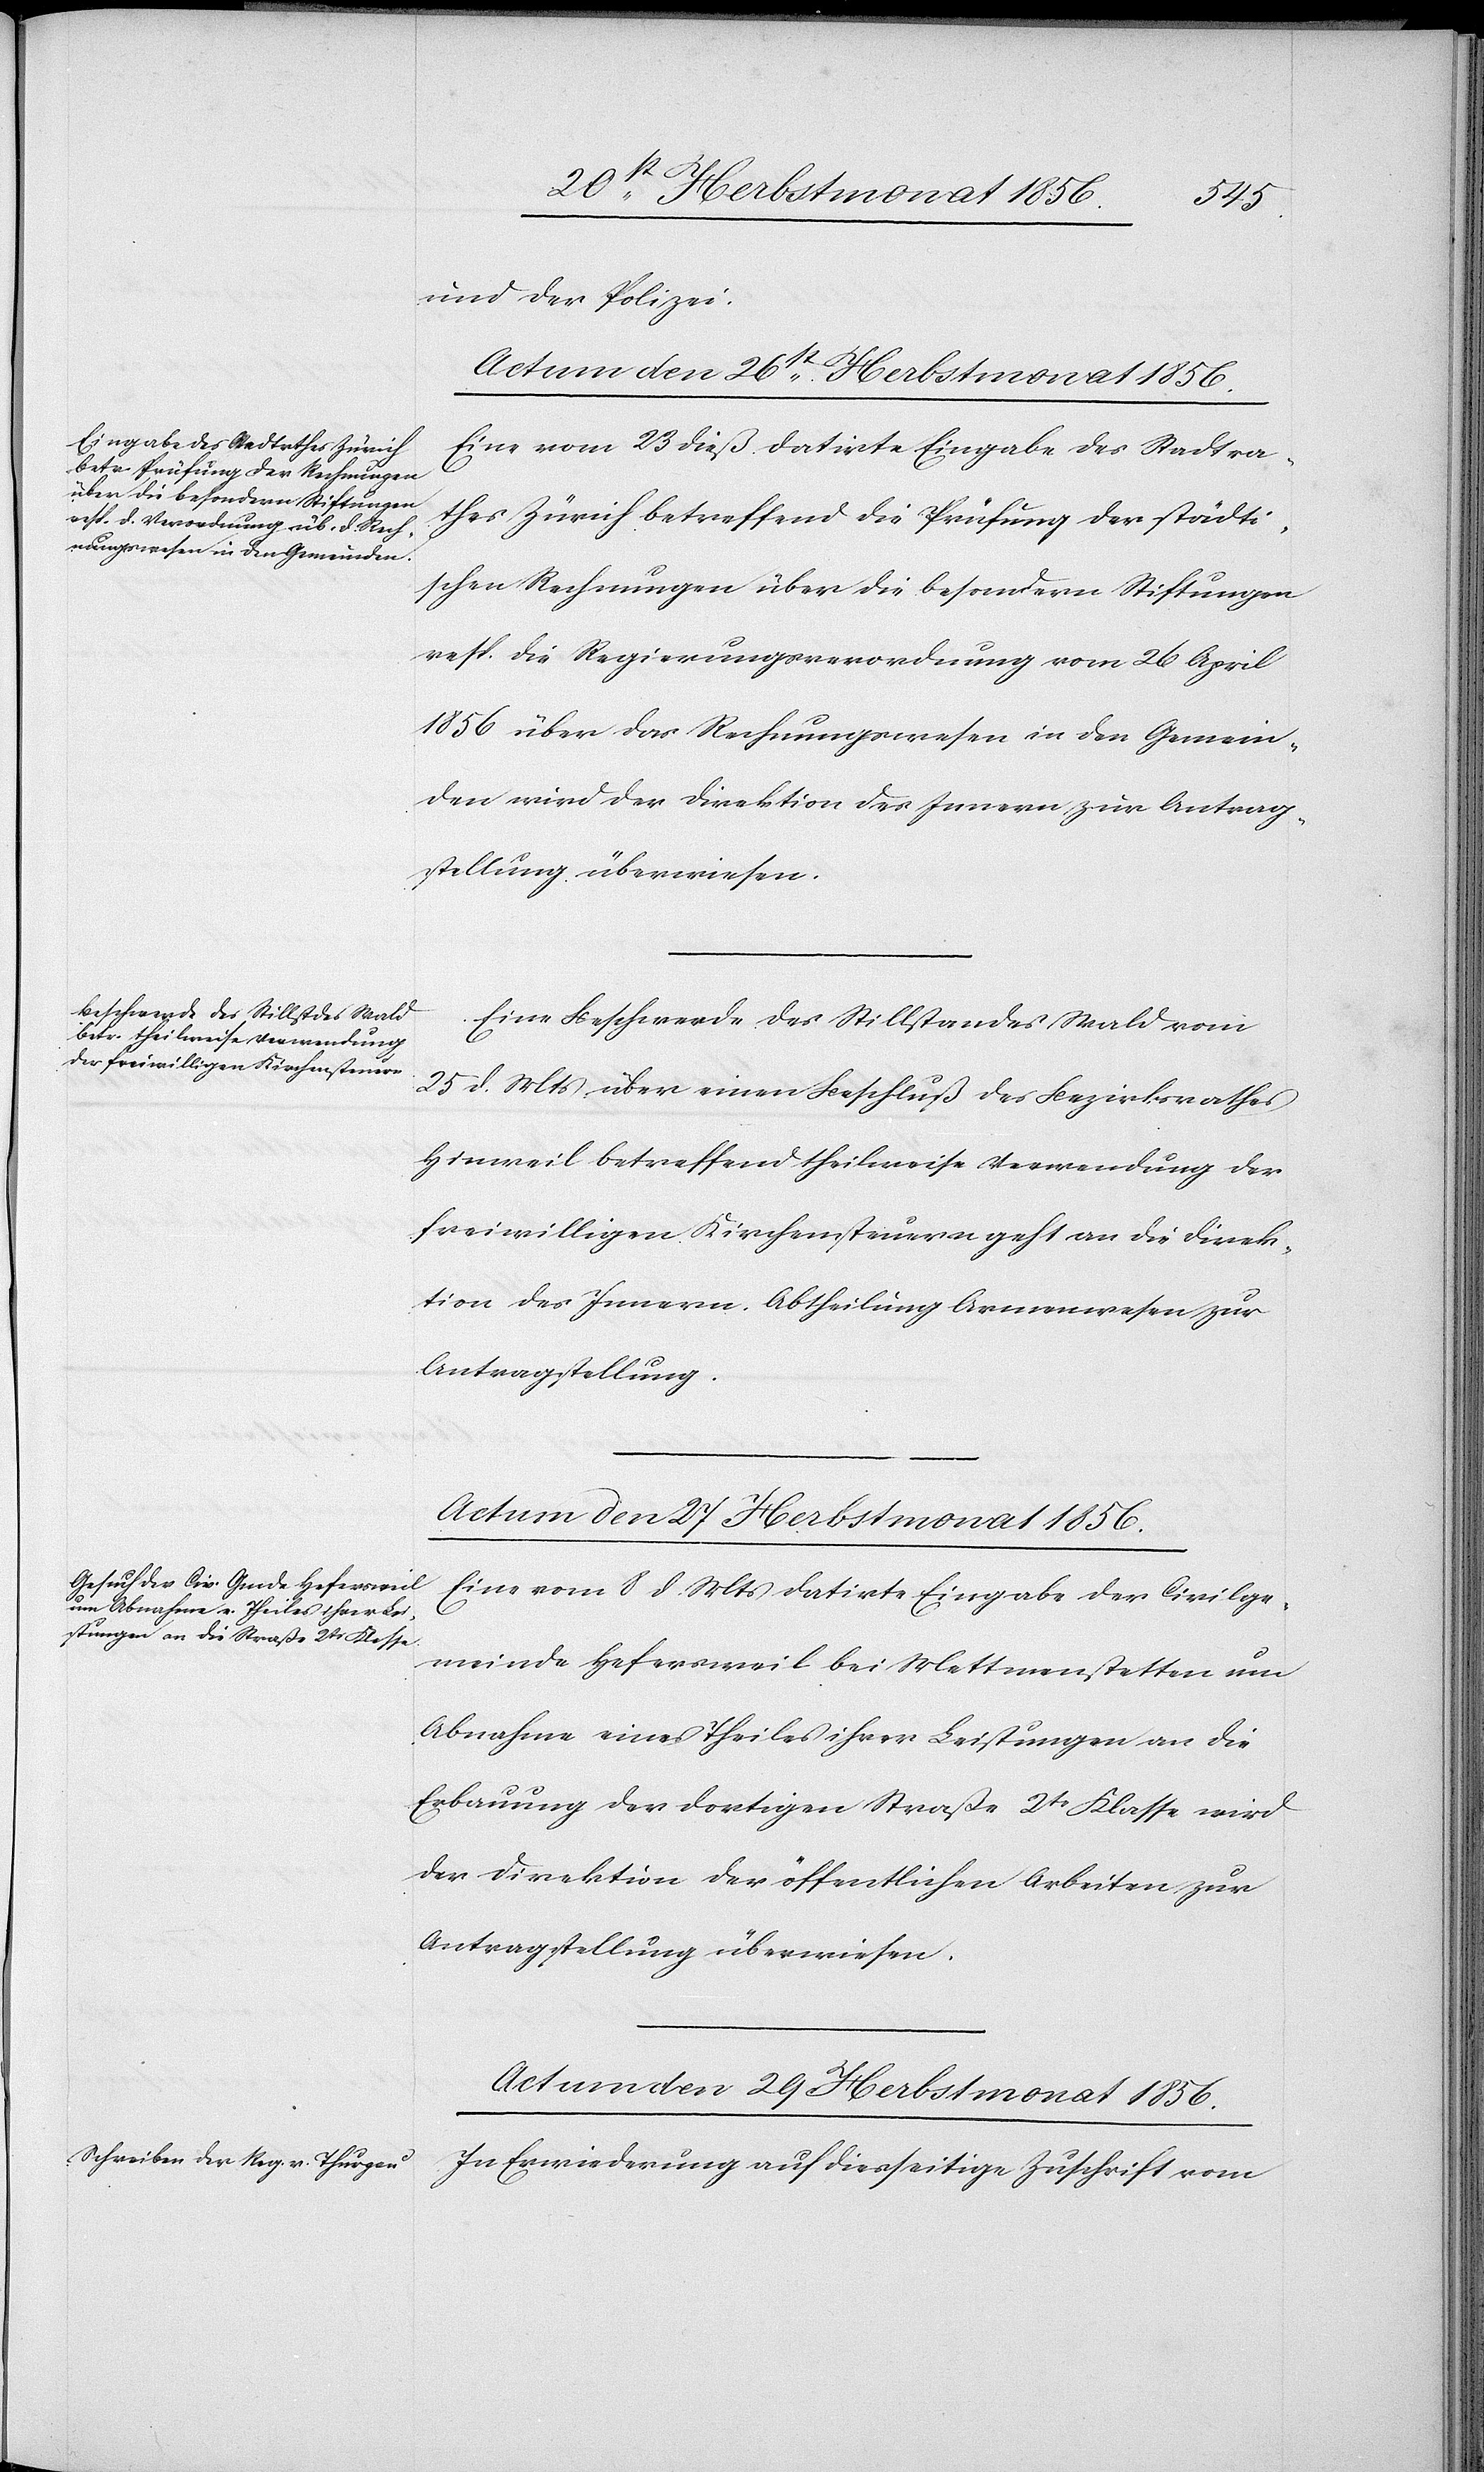
und der Polizei.
Actum den 26st Herbstmonat 1856.]
Eine vom 23 dieß datirte Eingabe des Stadtra¬
thes Zürich betreffend die Prüfung der städti¬
schen Rechnungen über die besondern Stiftungen
resp. die Regierungsverordnung vom 26 April
1856 über das Rechnungswesen in den Gemein¬
den wird der Direktion des Innern zur Antrag¬
stellung überwiesen.
Eine Beschwerde des Stillstandes Wald vom
25 d. Mts über einen Beschluß des Bezirksrathes
Hinweil betreffend theilweise Verwendung der
freiwilligen Kirchensteuern geht an die Direk¬
tion des Innern, Abtheilung Armenwesen zur
Antragstellung.
Actum den 27st Herbstmonat 1856.
Eine vom 8 d. Mts datirte Eingabe der Civilge¬
meinde Hefersweil bei Mettmenstetten um
Abnahme eines Theiles ihrer Leistungen an die
Erbauung der dortigen Straße 2tr Klasse wird
der Direktion der öffentlichen Arbeiten zur
Antragstellung überwiesen.
Actum den 29 Herbstmonat 1856.
In Erwiederung auf diesseitige Zuschrift vom